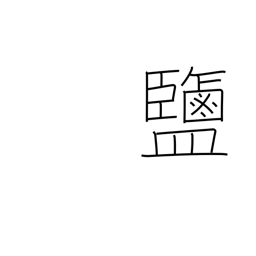
Meaning: salt